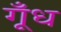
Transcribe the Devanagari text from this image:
गूँध